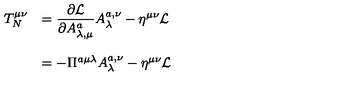
\begin{array} { l l } { T _ { N } ^ { \mu \nu } } & { = \displaystyle { \frac { \partial { \cal L } } { \partial A _ { \lambda , \mu } ^ { a } } A _ { \lambda } ^ { a , \nu } - \eta ^ { \mu \nu } { \cal L } } } \\ { { } } & { { } } \\ { { } } & { = - \Pi ^ { a \mu \lambda } A _ { \lambda } ^ { a , \nu } - \eta ^ { \mu \nu } { \cal L } } \\ \end{array}